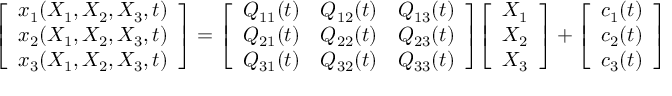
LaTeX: { \left[ \begin{array} { l } { x _ { 1 } ( X _ { 1 } , X _ { 2 } , X _ { 3 } , t ) } \\ { x _ { 2 } ( X _ { 1 } , X _ { 2 } , X _ { 3 } , t ) } \\ { x _ { 3 } ( X _ { 1 } , X _ { 2 } , X _ { 3 } , t ) } \end{array} \right] } = { \left[ \begin{array} { l l l } { Q _ { 1 1 } ( t ) } & { Q _ { 1 2 } ( t ) } & { Q _ { 1 3 } ( t ) } \\ { Q _ { 2 1 } ( t ) } & { Q _ { 2 2 } ( t ) } & { Q _ { 2 3 } ( t ) } \\ { Q _ { 3 1 } ( t ) } & { Q _ { 3 2 } ( t ) } & { Q _ { 3 3 } ( t ) } \end{array} \right] } { \left[ \begin{array} { l } { X _ { 1 } } \\ { X _ { 2 } } \\ { X _ { 3 } } \end{array} \right] } + { \left[ \begin{array} { l } { c _ { 1 } ( t ) } \\ { c _ { 2 } ( t ) } \\ { c _ { 3 } ( t ) } \end{array} \right] }